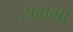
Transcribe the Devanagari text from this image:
समगा